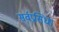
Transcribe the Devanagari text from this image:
सर्वप्रसिधा